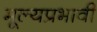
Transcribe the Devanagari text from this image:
मूल्यप्रभावी